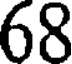
68